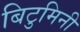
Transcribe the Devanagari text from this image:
बिटुमिनी